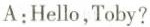
A:Hello,Toby?